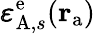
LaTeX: \pmb{\varepsilon}_{\mathrm{A},s}^{\mathrm{e}}(\mathbf{r}_{\mathrm{a}})